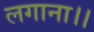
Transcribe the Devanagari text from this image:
लगाना।।